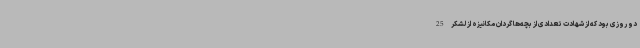
دو روزی بود که از شهادت تعدادی از بچه‌ها گردان مکانیزه از لشکر 25